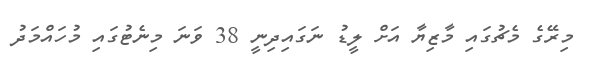
މިރޭގެ މެޗުގައި މާޒިޔާ އަށް ލީޑު ނަގައިދިނީ 38 ވަނަ މިނެޓުގައި މުހައްމަދު